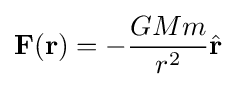
\mathbf {F} (\mathbf {r} )=-{\frac {GMm}{r^{2}}}{\hat {\mathbf {r} }}